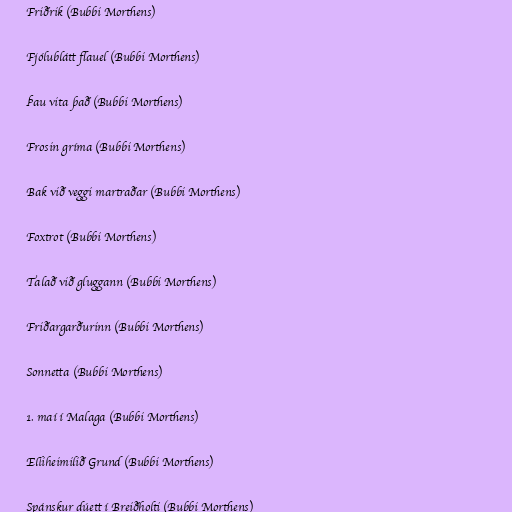
Friðrik (Bubbi Morthens)

Fjólublátt flauel (Bubbi Morthens)

Þau vita það (Bubbi Morthens)

Frosin gríma (Bubbi Morthens)

Bak við veggi martraðar (Bubbi Morthens)

Foxtrot (Bubbi Morthens)

Talað við gluggann (Bubbi Morthens)

Friðargarðurinn (Bubbi Morthens)

Sonnetta (Bubbi Morthens)

1. maí í Malaga (Bubbi Morthens)

Elliheimilið Grund (Bubbi Morthens)

Spánskur dúett í Breiðholti (Bubbi Morthens)